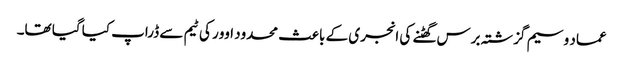
عماد وسیم گزشتہ برس گھٹنے کی انجری کے باعث محدود اوور کی ٹیم سے ڈراپ کیا گیا تھا۔